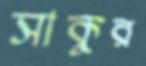
সাকুর